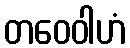
တဝေဝါဟံ